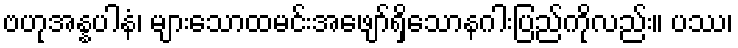
ဗဟုအန္နပါနံ၊ များသောထမင်းအဖျော်ရှိသောနဂါးပြည်ကိုလည်း။ ပဿ၊